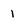
Character: 1